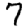
Digit: 7